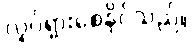
လှုပ်ရှားစေနိုင်သည်။